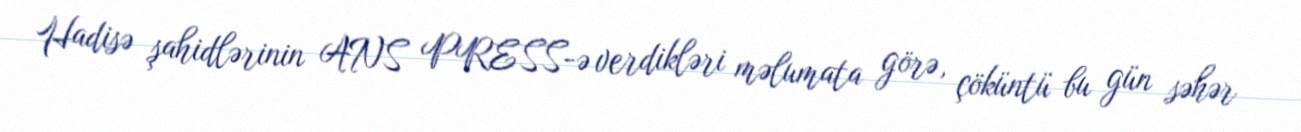
Hadisə şahidlərinin ANS PRESS-ə verdikləri məlumata görə, çöküntü bu gün səhər